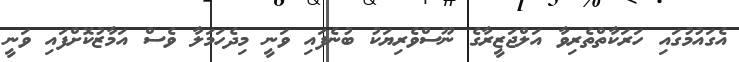
އެގައުމުގައި ހަރަކާތްތެރިވާ އަލްޖަޒީރާގެ ނޫސްވެރިޔަކު ބުނެފައި ވަނީ މިދެހަމަލާ ވެސް އަމާޒުކޮށްފައި ވަނީ